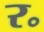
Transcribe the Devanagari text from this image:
र॰